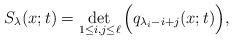
LaTeX: \begin{align*}S_{\lambda}(x;t)=\det_{1 \leq i,j \leq \ell}\Big( q_{\lambda_i-i+j}(x;t) \Big),\end{align*}